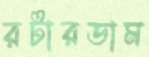
রটারডাম